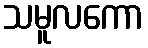
သမူလကော